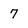
Character: 7